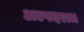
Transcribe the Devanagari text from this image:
अल्पदरात